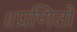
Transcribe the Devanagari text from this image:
॥प्रणितो